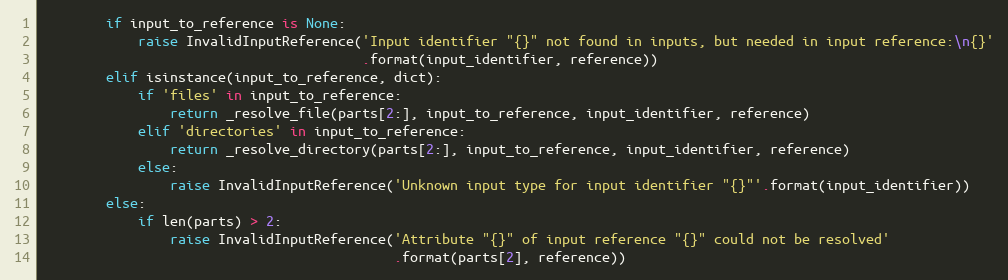
Language: Python
        if input_to_reference is None:
            raise InvalidInputReference('Input identifier "{}" not found in inputs, but needed in input reference:\n{}'
                                        .format(input_identifier, reference))
        elif isinstance(input_to_reference, dict):
            if 'files' in input_to_reference:
                return _resolve_file(parts[2:], input_to_reference, input_identifier, reference)
            elif 'directories' in input_to_reference:
                return _resolve_directory(parts[2:], input_to_reference, input_identifier, reference)
            else:
                raise InvalidInputReference('Unknown input type for input identifier "{}"'.format(input_identifier))
        else:
            if len(parts) > 2:
                raise InvalidInputReference('Attribute "{}" of input reference "{}" could not be resolved'
                                            .format(parts[2], reference))